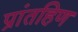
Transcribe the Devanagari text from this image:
प्रांतहिण